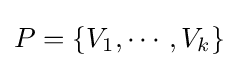
P=\{V_{1},\cdots ,V_{k}\}